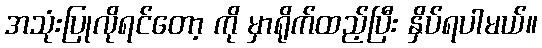
အသုံးပြုလိုရင်တော့ ကို မှာရိုက်ထည့်ပြီး နှိပ်ရပါမယ်။